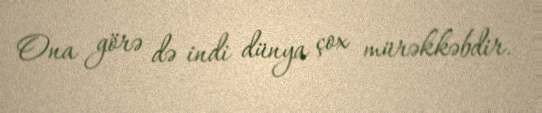
Ona görə də indi dünya çox mürəkkəbdir.